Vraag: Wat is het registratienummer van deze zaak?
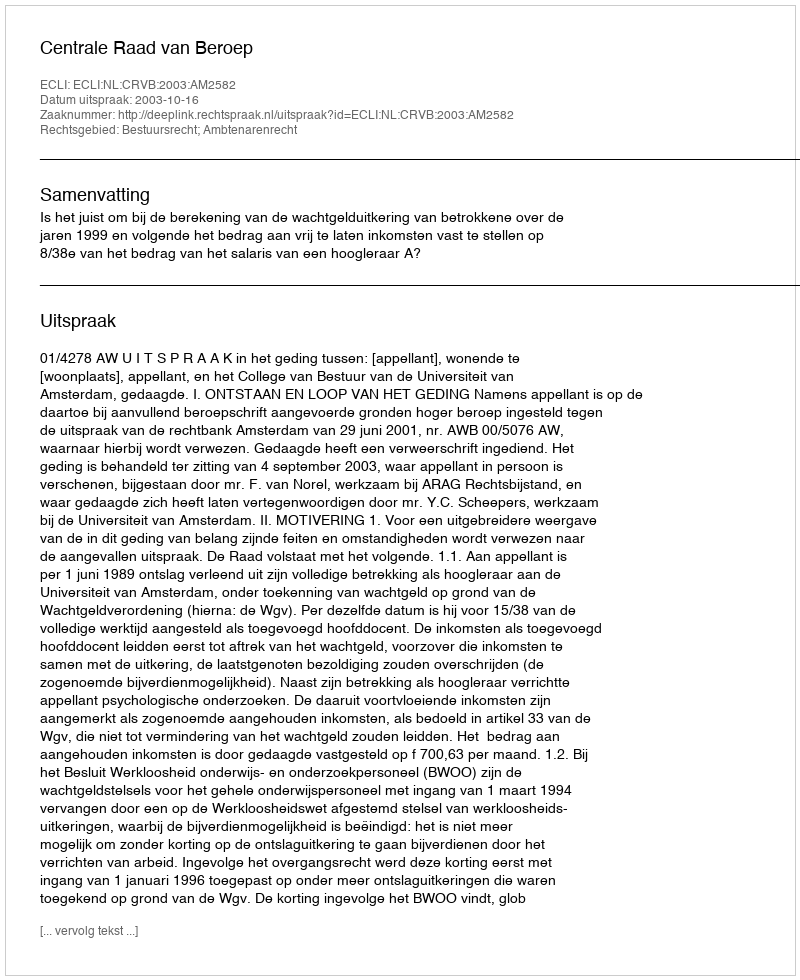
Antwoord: http://deeplink.rechtspraak.nl/uitspraak?id=ECLI:NL:CRVB:2003:AM2582